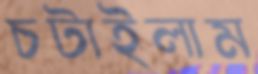
চটাইলাম